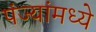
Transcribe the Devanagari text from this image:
पंज्यांमध्ये